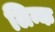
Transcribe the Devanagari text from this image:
लिन्क